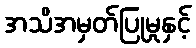
အသိအမှတ်ပြုမှုနှင့်